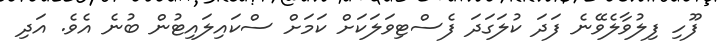
ފޫހި ފިލުވާލެވޭނެ ފަދަ ކުލަގަދަ ފެސްޓިވަލަކަށް ކަމަށް ސްކައިލައިޓުން ބުނެ އެވެ. އަދި